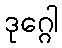
ဒုဂ္ဂေါ